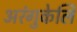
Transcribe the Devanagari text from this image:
अरंगुकेलि